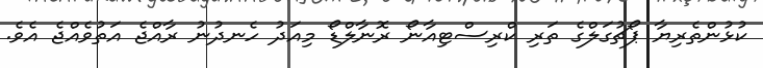
ކުޅުންތެރިޔާ ޕޯޗުގަލްގެ ތަރި ކްރިސްޓިއާނޯ ރޮނާލްޑޯ މިއަދު ހެނދުނު ރާއްޖެ އަތުވެއްޖެ އެވެ.